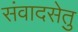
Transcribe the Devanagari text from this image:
संवादसेतु